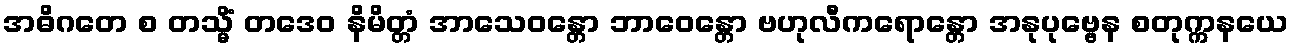
အဓိဂတေ စ တသ္မိံ တဒေဝ နိမိတ္တံ အာသေဝန္တော ဘာဝေန္တော ဗဟုလီကရောန္တော အနုပုဗ္ဗေန စတုက္ကနယေ